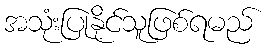
အသုံးပြုနိုင်သူဖြစ်ရမည်